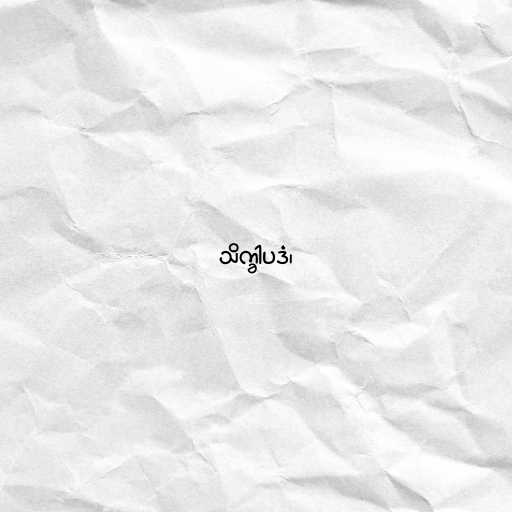
သိက္ခါပဒံ၊